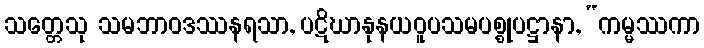
သတ္တေသု သမဘာဝဒဿနရသာ, ပဋိဃာနုနယဝူပသမပစ္စုပဋ္ဌာနာ, “ကမ္မဿကာ